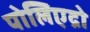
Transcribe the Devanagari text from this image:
पोलिएद्रो